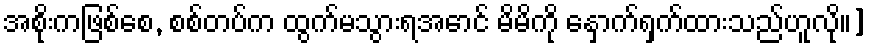
အစိုးကဖြစ်စေ, စစ်တပ်က ထွက်မသွားရအောင် မိမိကို နှောက်ရှက်ထားသည်ဟူလို။]